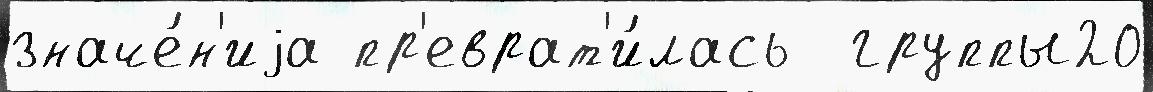
значе́н'иjа пр'еврат'и́лась  группы20